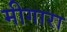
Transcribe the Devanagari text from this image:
मीगारा